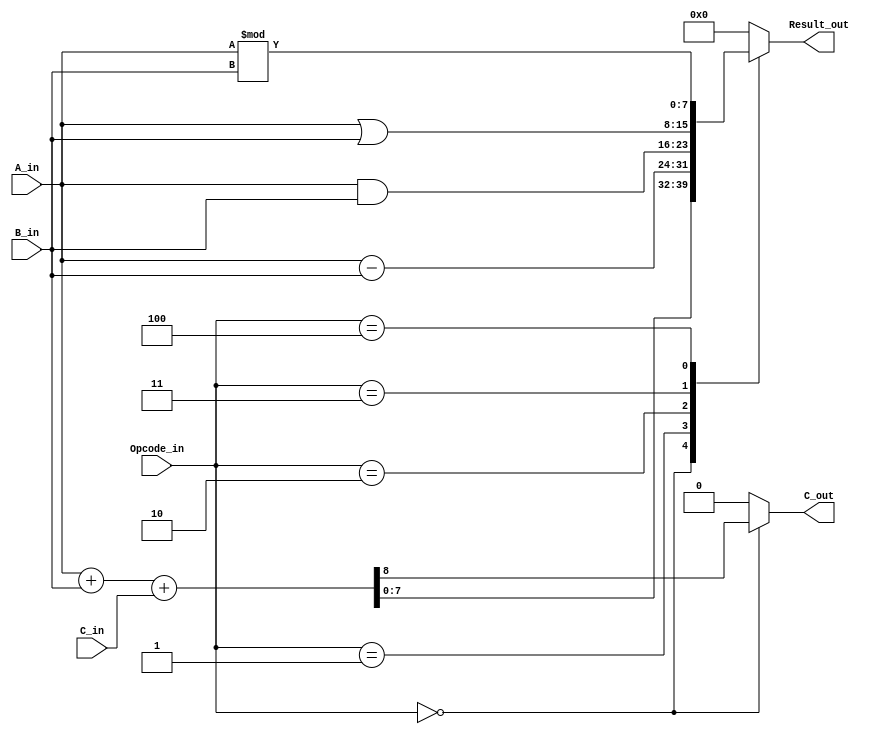
module alu8b (input wire [7:0] A_in,
              input wire [7:0] B_in,
              input wire       C_in,
              input wire [2:0] Opcode_in,
              output wire [7:0] Result_out,
              output wire       C_out);
  reg [7:0] reg_result;
  reg reg_cout;
  wire [7:0] temp_sum;
  wire temp_cout;
  assign Result_out = reg_result;
  assign C_out = reg_cout;
  assign {temp_cout, temp_sum} = A_in + B_in + C_in;
  always @ ( * ) begin
  reg_cout = 1'b0;  
    case (Opcode_in)
      3'b000: 
              begin
                reg_cout = temp_cout;
                reg_result = temp_sum;
              end
      3'b001: 
              reg_result =  A_in - B_in;
      3'b010: 
              reg_result = A_in & B_in;
      3'b011: 
              reg_result = A_in | B_in;
      3'b100: 
              reg_result = A_in % B_in;
      default:
              reg_result = 8'b0;
    endcase
  end
endmodule